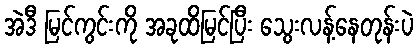
အဲဒီ မြင်ကွင်းကို အခုထိမြင်ပြီး သွေးလန့်နေတုန်းပဲ